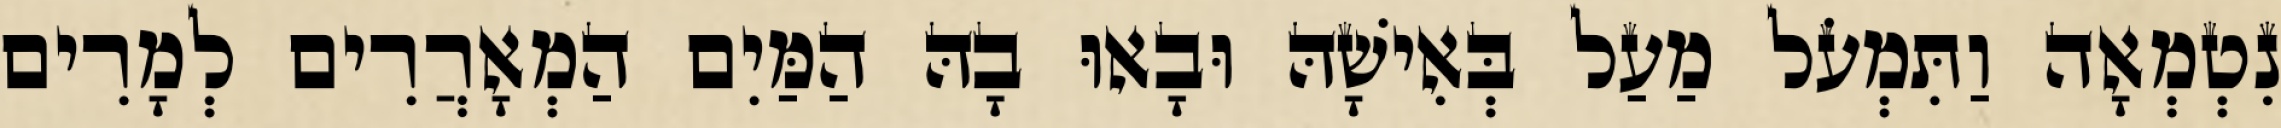
נִטְמְאָה וַתִּמְעֹל מַעַל בְּאִישָׁהּ וּבָאוּ בָהּ הַמַּיִם הַמְאָרֲרִים לְמָרִים